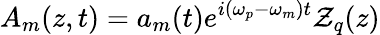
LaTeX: A_{m}(z,t)=a_{m}(t)e^{i(\omega_{p}-\omega_{m})t}\mathcal{Z}_{q}(z)